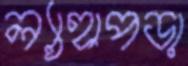
ল্যাহাপড়া